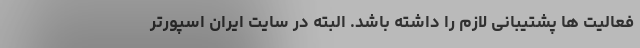
فعالیت ها پشتیبانی لازم را داشته باشد. البته در سایت ایران اسپورتر